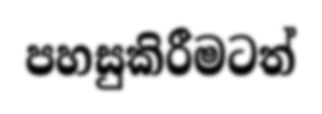
පහසුකිරීමටත්